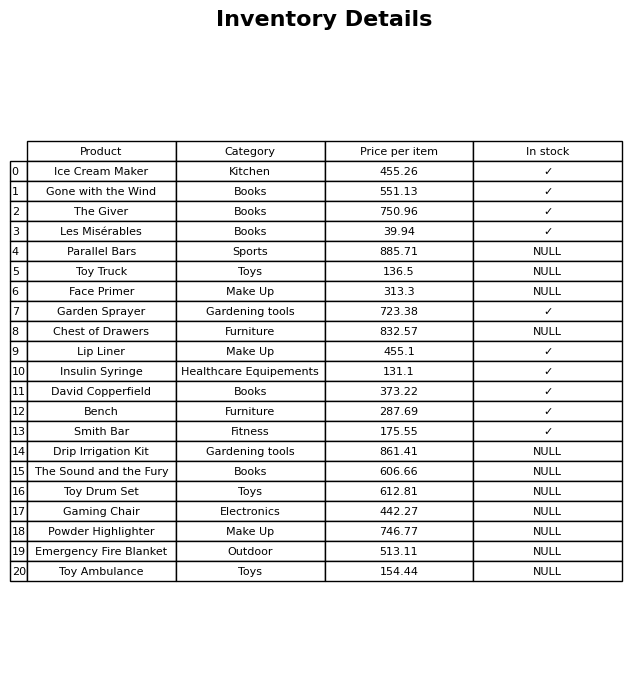
question: What is the price for Powder Highlighter?
answer: The price of Powder Highlighter is 746.77.